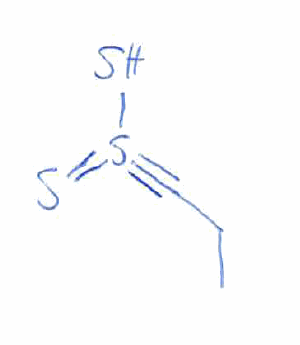
Simplified molecular-input line-entry system (SMILES) notation of the given molecule:
CCC#S(=S)S